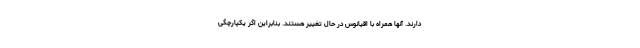
دارند. آنها همراه با اقیانوس در حال تغییر هستند. بنابراین اگر یکپارچگی